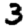
Digit: 3